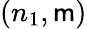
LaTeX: \left(n_{1},\mathsf{m}\right)